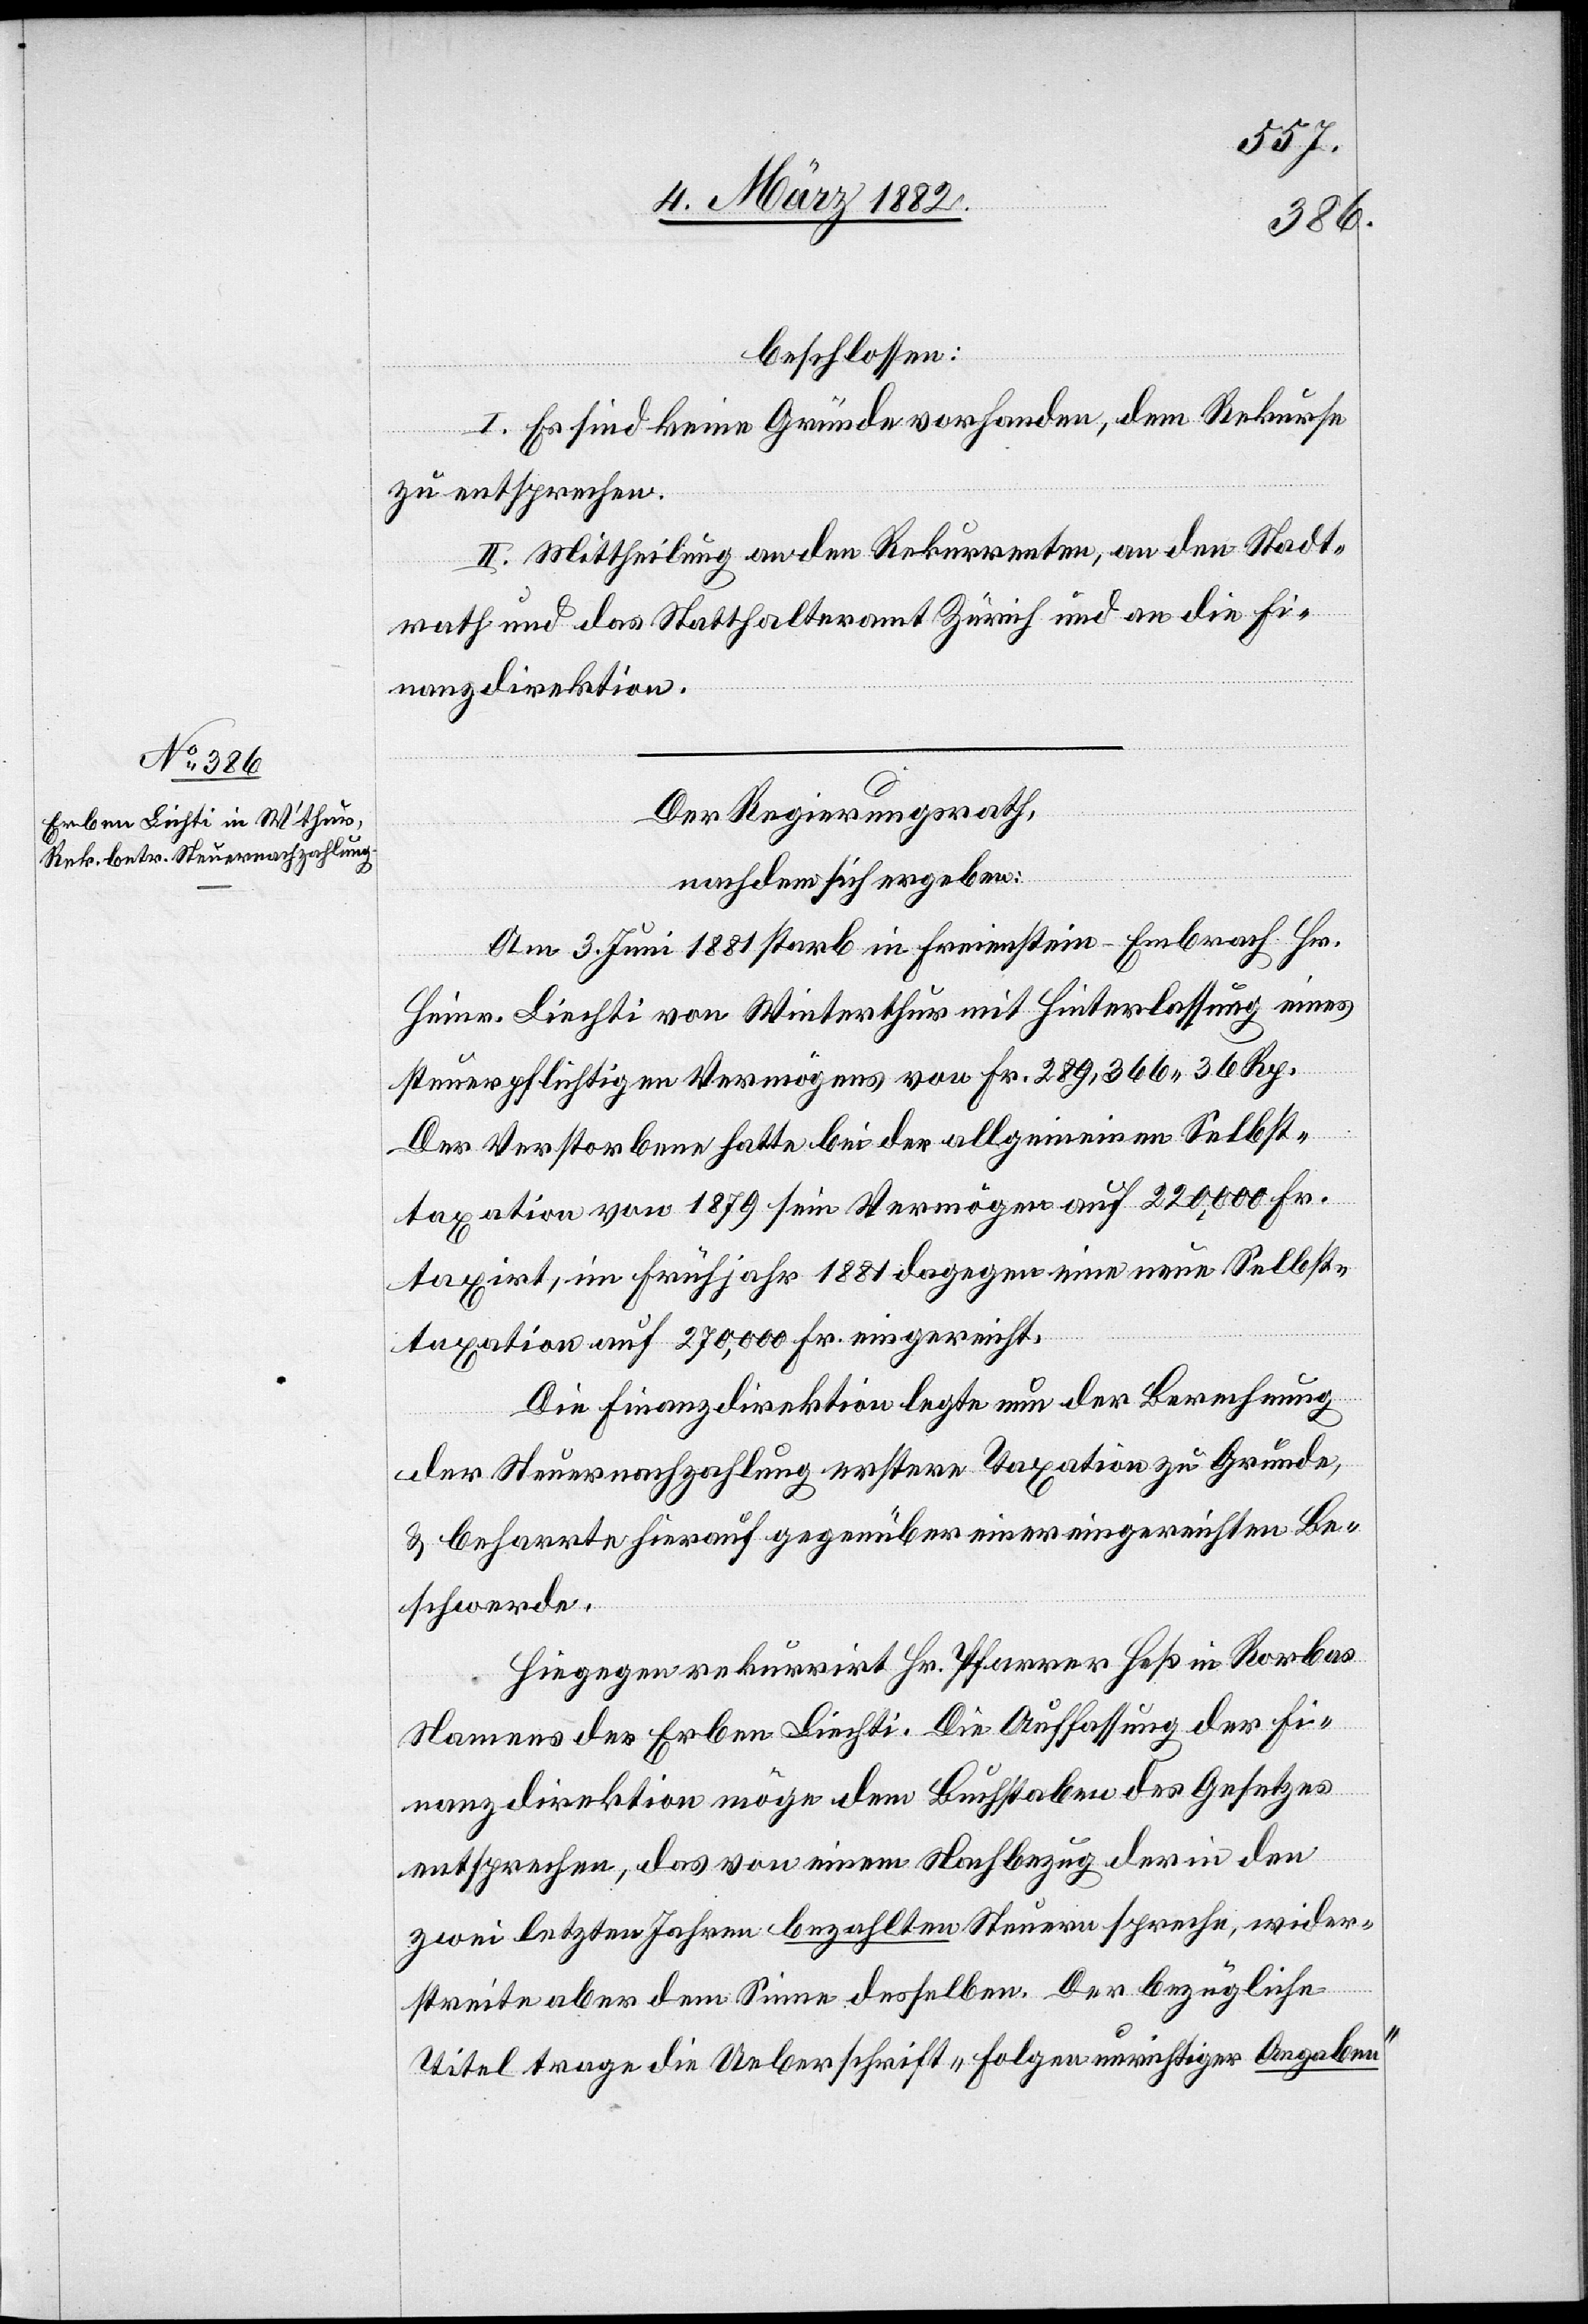
beschlossen:
I. Es sind keine Gründe vorhanden, dem Rekurse
zu entsprechen.
II. Mittheilung an den Rekurrenten, an den Stadt¬
rath und das Statthalteramt Zürich und an die Fi¬
nanzdirektion.
Der Regierungsrath,
nachdem sich ergeben:
Am 3. Juni 1881 starb in Freienstein - Embrach Hr.
Heinr. Liechti von Winterthur mit Hinterlassung eines
steuerpflichtigen Vermögens von Fr. 289,366 36 Rp.
Der Verstorbene hatte bei der allgemeinen Selbst¬
taxation von 1879 sein Vermögen auf 222,000 Fr.
taxirt, im Frühjahr 1881 dagegen eine neue Selbst¬
taxation auf 270,000 Fr. eingereicht.
Die Finanzdirektion legte nun der Berechnung
der Steuernachzahlung erstere Taxation zu Grunde,
& beharrte hierauf gegenüber einer eingereichten Be¬
schwerde.
Hingegen rekurrirt Hr. Pfarrer Heß in Rorbas
Namens des Erben Liechti. Die Auffassung der Fi¬
nanzdirektion möge dem Buchstaben des Gesetzes
entsprechen, das von einem Nachbezug der in den
zwei letzten Jahren bezahlten Steuern spreche, wider¬
streite aber dem Sinne desselben. Der bezügliche
Titel trage die Ueberschrift „Folgen unrichtiger Angaben“